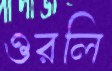
ওরলি